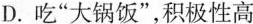
D.吃”大锅饭”，积极性高